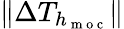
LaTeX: \| \Delta T_{h_{\mathrm{~m~o~c~}}}\|